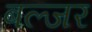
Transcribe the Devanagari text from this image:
बल्जर